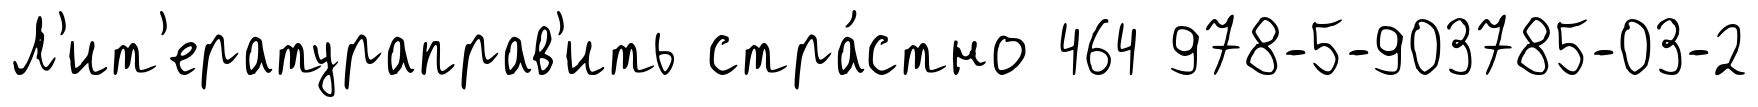
Л'ит'ератураправ'ить стра́стно 464 978-5-903785-03-2